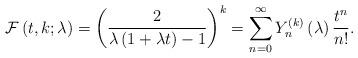
LaTeX: \begin{align*}\mathcal{F}\left( t,k;\lambda \right) =\left( \frac{2}{\lambda \left(1+\lambda t\right) -1}\right) ^{k}=\sum_{n=0}^{\infty }Y_{n}^{\left(k\right) }\left( \lambda \right) \frac{t^{n}}{n!}. \end{align*}